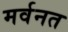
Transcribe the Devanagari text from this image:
मर्वनत